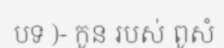
បទ )- កូន របស់ ពូសំ